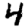
Digit: 4